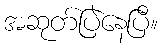
အဆုတ်ပြဲနေပြီ။